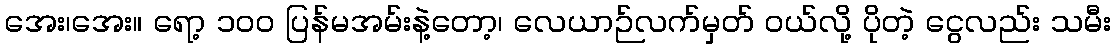
အေး၊အေး။ ရော့ ၁၀၀ ပြန်မအမ်းနဲ့တော့၊ လေယာဉ်လက်မှတ် ဝယ်လို့ ပိုတဲ့ ငွေလည်း သမီး